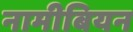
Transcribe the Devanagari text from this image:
नामीबियन